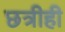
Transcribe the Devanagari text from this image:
छत्रीही